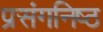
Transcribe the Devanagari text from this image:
प्रसंगनिष्ठ